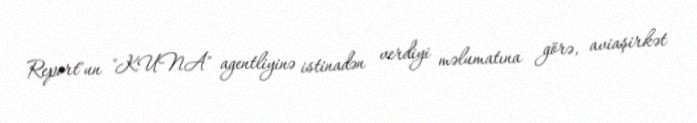
Report"un "KUNA" agentliyinə istinadən verdiyi məlumatına görə, aviaşirkət